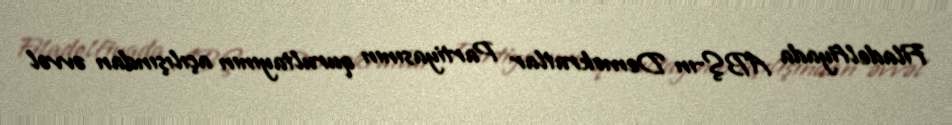
Filadelfiyada ABŞ-ın Demokratlar Partiyasının qurultayının açılışından əvvəl